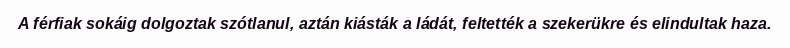
A férfiak sokáig dolgoztak szótlanul, aztán kiásták a ládát, feltették a szekerükre és elindultak haza.